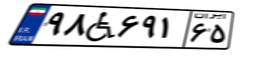
۹۸W۶۹۱۶۵